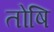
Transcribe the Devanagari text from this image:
तोषि